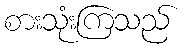
စားသုံးကြသည်